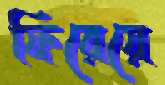
ফিরেয়ে